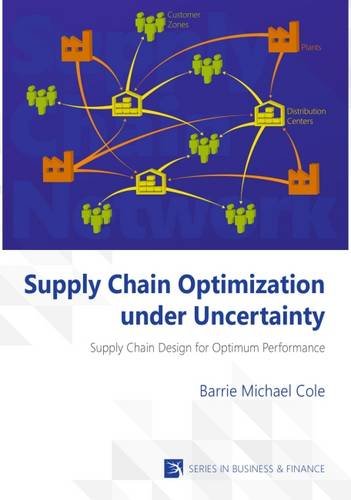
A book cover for Supply Chain Optimization under Uncertainty. Supply Chain Design for Optimum Performance.; Barrie Michael Cole; Business & Money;